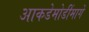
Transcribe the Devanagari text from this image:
आकडेमोडींमागे